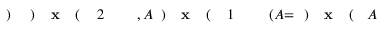
A \! \! \! \! \! \! \! \! \! \! \! \! ( \! \! \! \! \! \! \! \! \! \! \! \! \mathbf { x } \! \! \! \! \! \! \! \! \! \! \! \! ) \! \! \! \! \! \! \! \! \! \! \! \! = \! \! \! \! \! \! \! \! \! \! \! \! ( A \! \! \! \! \! \! \! \! \! \! \! \! _ { \! } \! \! \! \! \! \! \! \! \! \! \! 1 \! \! \! \! \! \! \! \! \! \! \! \! ( \! \! \! \! \! \! \! \! \! \! \! \! \mathbf { x } \! \! \! \! \! \! \! \! \! \! \! \! ) \! \! \! \! \! \! \! \! \! \! \! \! , A \! \! \! \! \! \! \! \! \! \! \! \! _ { \! } \! \! \! \! \! \! \! \! \! \! \! 2 \! \! \! \! \! \! \! \! \! \! \! \! ( \! \! \! \! \! \! \! \! \! \! \! \! \mathbf { x } \! \! \! \! \! \! \! \! \! \! \! \! ) \! \! \! \! \! \! \! \! \! \! \! \! ) \! \! \! \! \! \! \! \! \! \! \!